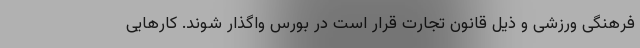
فرهنگی ورزشی و ذیل قانون تجارت قرار است در بورس واگذار شوند. کارهایی